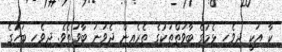
ކާ އަކީ ދިވެހި ޅެމުގެ ބާވަތްތަކުގެ ތެރެއިން ދެވަނަ ބާވަތެވެ. ދިވެހި ބަހުގެ